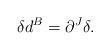
LaTeX: \begin{align*}\delta d^B=\partial^J \delta.\end{align*}